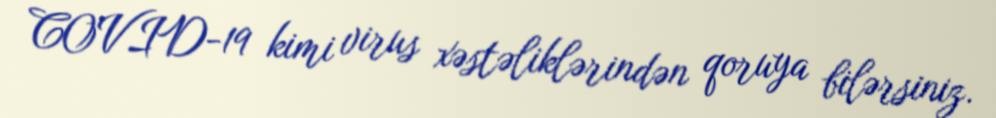
COVID-19 kimi virus xəstəliklərindən qoruya bilərsiniz.